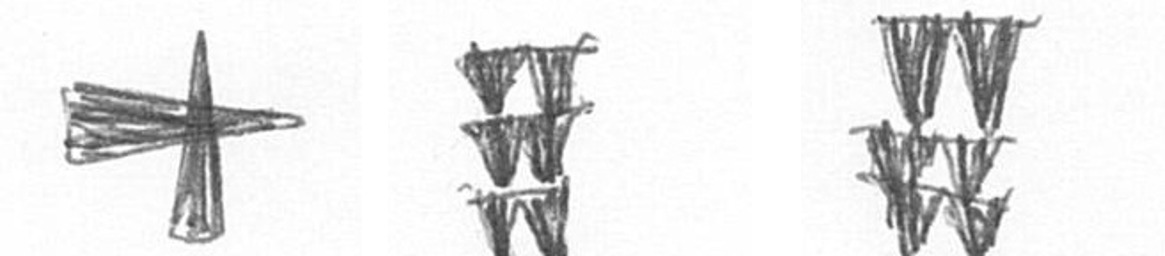
G Y Y